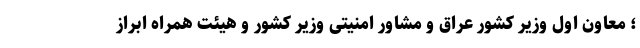
؛ معاون اول وزیر کشور عراق و مشاور امنیتی وزیر کشور و هیئت همراه ابراز